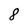
Character: 8